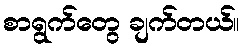
စာရွက်တွေ ချက်တယ်။